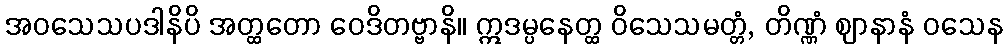
အဝသေသပဒါနိပိ အတ္ထတော ဝေဒိတဗ္ဗာနိ။ ဣဒမ္ပနေတ္ထ ဝိသေသမတ္တံ, တိဏ္ဏံ ဈာနာနံ ဝသေန